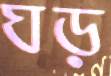
ঘড়